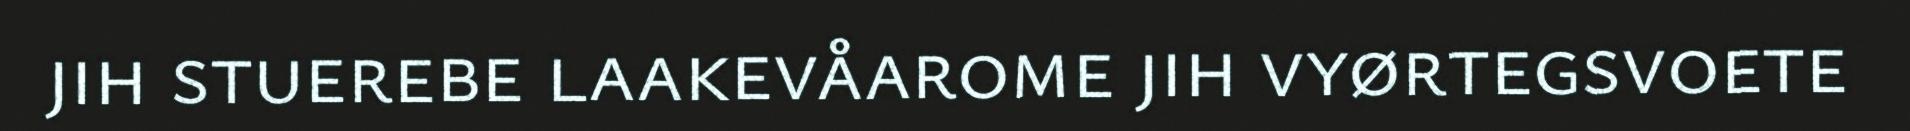
jih stuerebe laakevåarome jih vyørtegsvoete